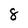
Character: 8